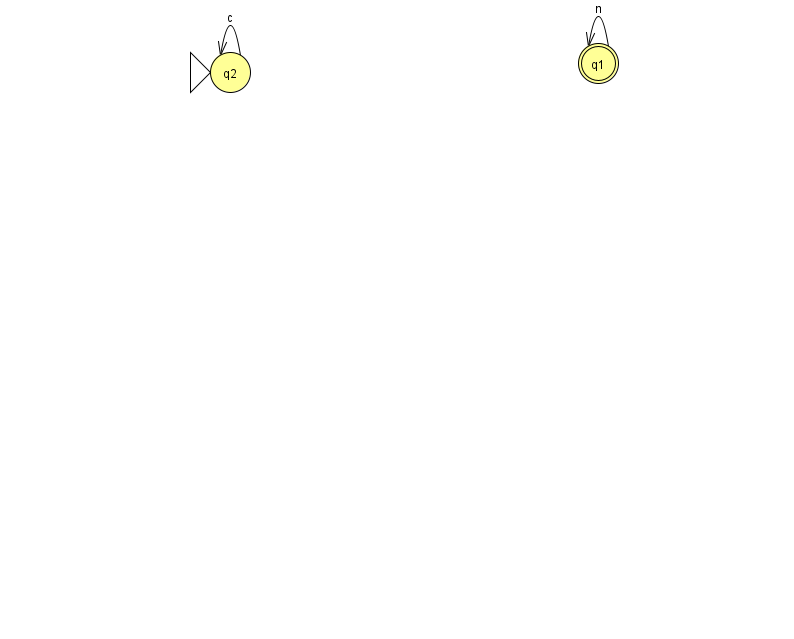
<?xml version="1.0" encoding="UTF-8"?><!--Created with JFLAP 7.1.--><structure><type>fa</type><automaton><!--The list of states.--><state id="1" name="q1"><x>598.0</x><y>50.0</y><final/></state><state id="2" name="q2"><x>230.0</x><y>59.0</y><initial/></state><!--The list of transitions.--><transition><from>2</from><to>2</to><read>c</read></transition><transition><from>1</from><to>1</to><read>n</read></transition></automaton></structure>